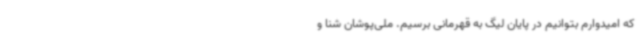
که امیدوارم بتوانیم در پایان لیگ به قهرمانی برسیم. ملی‌پوشان شنا و